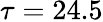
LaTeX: \tau=24.5